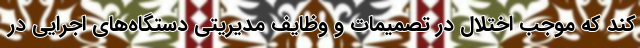
کند که موجب اختلال در تصمیمات و وظایف مدیریتی دستگاه‌های اجرایی در